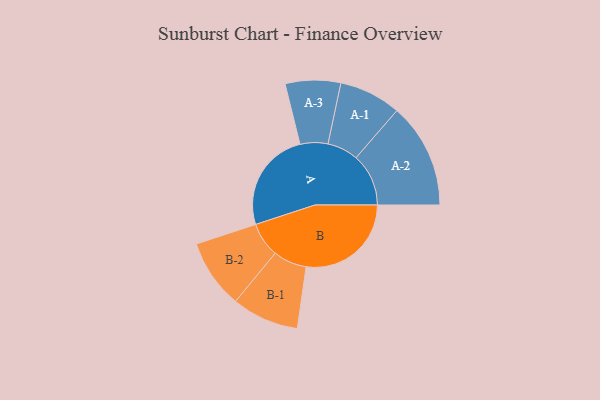
{"axis": {"x": "Segment", "y": "Value"}, "legend": ["", "A", "B"], "data": [{"x": "A", "y": 394, "type": ""}, {"x": "B", "y": 410, "type": ""}, {"x": "A-1", "y": 121, "type": "A"}, {"x": "A-2", "y": 205, "type": "A"}, {"x": "A-3", "y": 108, "type": "A"}, {"x": "B-1", "y": 131, "type": "B"}, {"x": "B-2", "y": 135, "type": "B"}]}